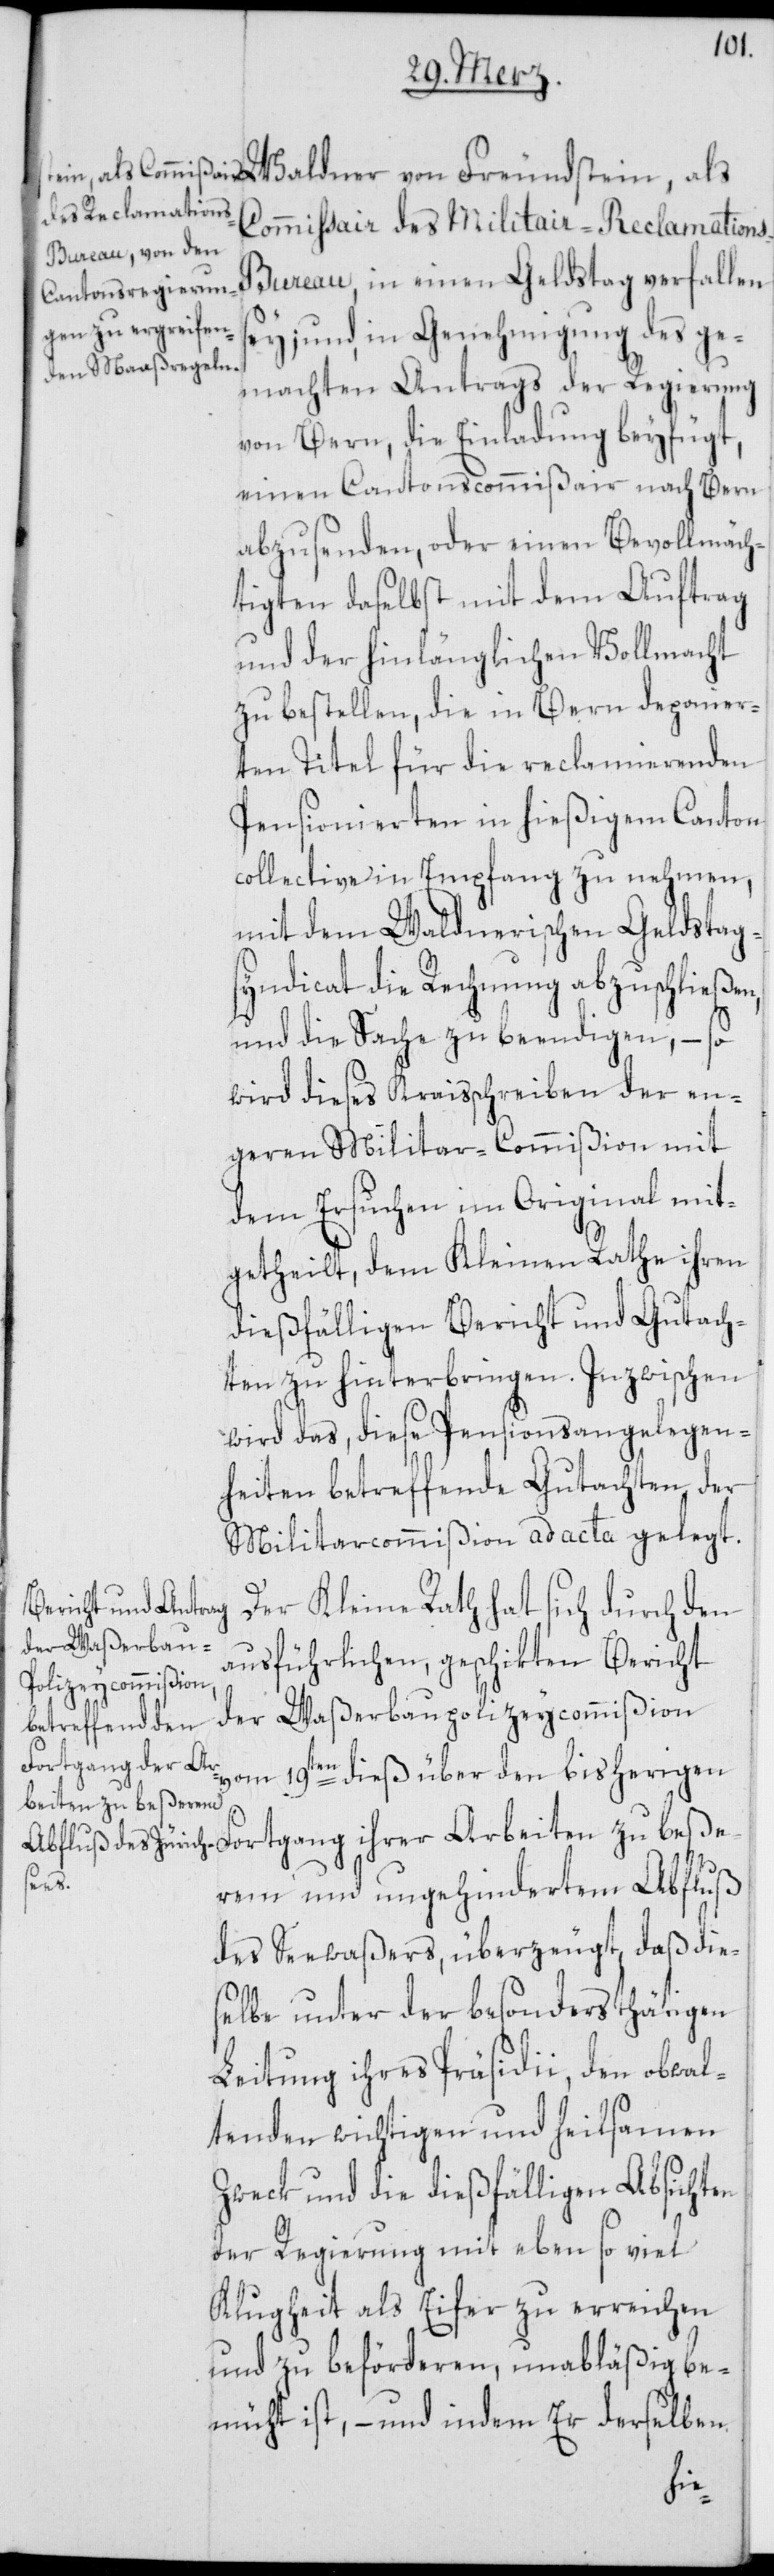
Commissair des Militair-Reclamation¬
s-Bureau, in einen Geldstag verfallen
sey; und, in Genehmigung des ge¬
machten Antrags der Regierung
von Bern, die Einladung beyfügt,
einen Cantonscommißair nach Bern
abzusenden, oder einen Bevollmäch¬
tigten daselbst mit dem Auftrag
und der hinlänglichen Vollmacht
zu bestellen, die in Bern deponier¬
ten Titel für die reclamierenden
Pensionierten in hießigem Canton
collective in Empfang zu nehmen,
mit dem Waldnerischen Geldstag¬
syndicat die Rechnung abzuschließen,
und die Sache zu beendigen, – so
wird dieses Kraisschreiben der en¬
geren Militar-Commißion mit
dem Ersuchen im Original mit¬
getheilt, dem Kleinen Rathe ihren
dießfälligen Bericht und Gutach¬
ten zu hinterbringen. Inzwischen
wird das, diese Pensionsangelegen¬
heiten betreffende Gutachten der
Militarcommißion ad acta gelegt.
Der Kleine Rath hat sich durch den
ausführlichen, geschikten Bericht
der Waßerbaupolizeycommißion
vom 19ten dieß über den bisherigen
Fortgang ihrer Arbeiten zu beße¬
rem und ungehindertem Abfluß
des Seewaßers, überzeugt, daß die¬
selbe unter der besonders thätigen
Leitung ihres Präsidii, den obwal¬
tenden wichtigen und heilsamen
Zweck und die dießfälligen Absichten
der Regierung mit eben so viel
Klugheit als Eifer zu erreichen
und zu beförderen, unabläßig be¬
müht ist, – und indem Er derselben